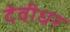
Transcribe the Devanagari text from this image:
देवीधर